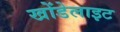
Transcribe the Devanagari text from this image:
खोंडेलाइट